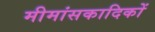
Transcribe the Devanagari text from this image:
मीमांसकादिकों